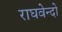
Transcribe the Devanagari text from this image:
राघवेन्दो